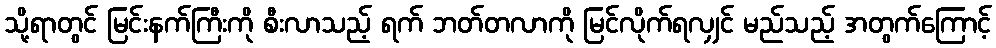
သို့ရာတွင် မြင်းနက်ကြီးကို စီးလာသည့် ရက် ဘတ်တလာကို မြင်လိုက်ရလျှင် မည်သည့် အတွက်ကြောင့်